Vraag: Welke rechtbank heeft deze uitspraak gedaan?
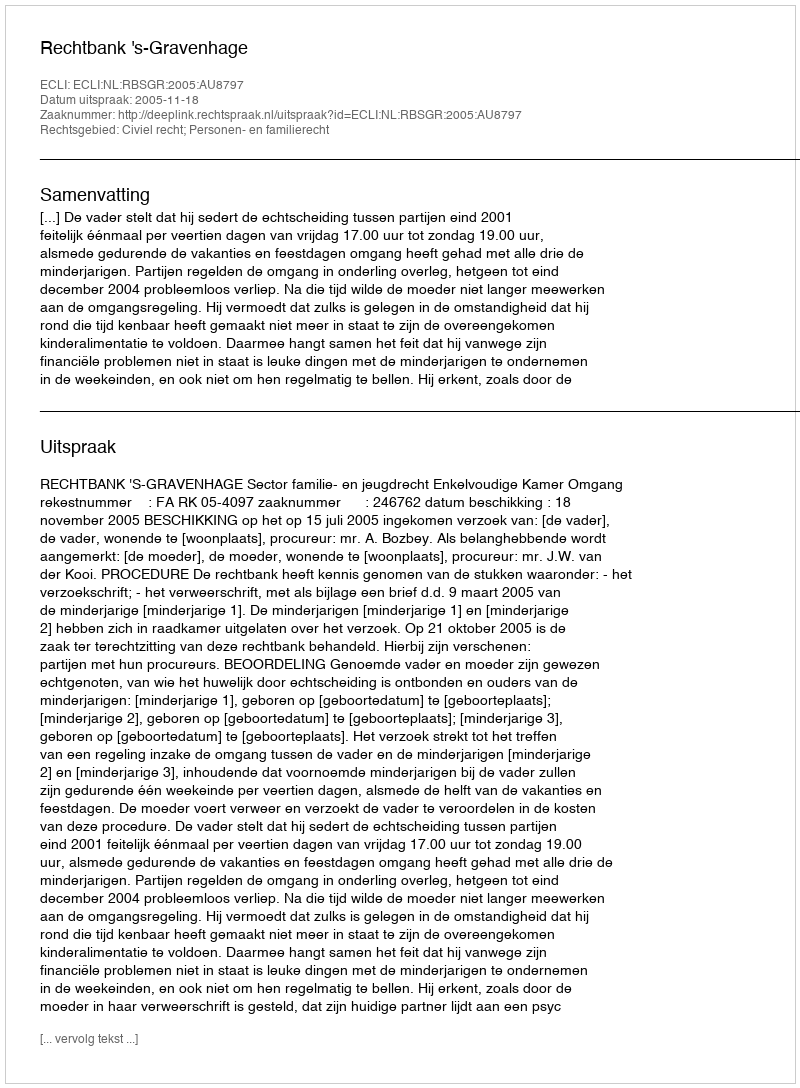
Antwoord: Rechtbank 's-Gravenhage